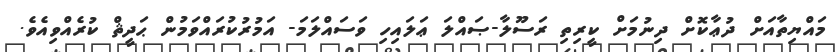
މައްޔިތާއަށް ދުޢާކޮށް ދިނުމަށް ކީރިތި ރަސޫލާ-ޞައްލަ ޢަލައިހި ވަސައްލަމަ- އަމުރުކުރައްވަމުން ޙަދީޘް ކުރެއްވިއެވެ.